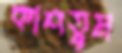
কাশতুম